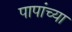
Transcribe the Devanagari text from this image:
पापांच्या